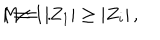
M = | Z _ { 1 } | \geq | Z _ { i } | \, , \hspace { 1 c m } i \neq 1 \, .